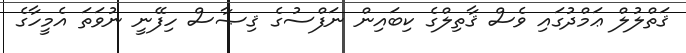
ޤަތްލުލް ޢަމްދުގައި ވެސް ޤާތިލްގެ ކިބައިން ނަފްސުގެ ޤިޞާސް ހިފޭނީ ނުވަތަ އެމީހާގެ